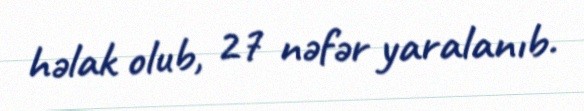
həlak olub, 27 nəfər yaralanıb.